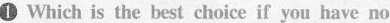
1 Which is the best choice if you have no